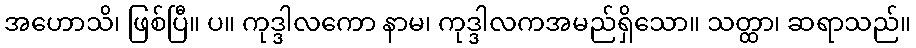
အဟောသိ၊ ဖြစ်ပြီ။ ပ။ ကုဒ္ဒါလကော နာမ၊ ကုဒ္ဒါလကအမည်ရှိသော။ သတ္ထာ၊ ဆရာသည်။